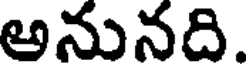
అనునది.